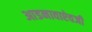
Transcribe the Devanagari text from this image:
आडनावाऐवजी